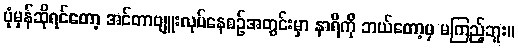
ပုံမှန်ဆိုရင်တော့ အင်တာဗျူးလုပ်နေစဉ်အတွင်းမှာ နာရီကို ဘယ်တော့မှ မကြည့်ဘူး။